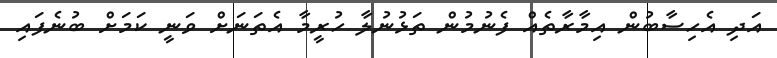
އަދި އެހިސާބުން އިމާރާތެއް ފެނުމުން ތަޅުނުލާ ހުރީމާ އެތަނަށް ވަނީ ކަމަށް ބުނެފައި